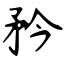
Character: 矜